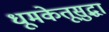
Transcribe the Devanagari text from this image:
धूमकेतूसुद्धा